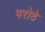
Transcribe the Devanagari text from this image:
परोठे